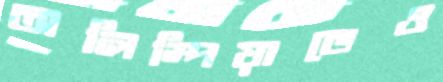
অলিম্পিয়াডেও